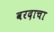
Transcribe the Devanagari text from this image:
वरदाचा